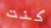
كنت